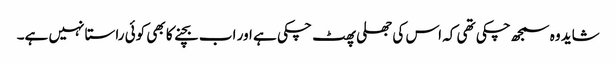
شاید وہ سمجھ چکی تھی کہ اس کی جھلی پھٹ چکی ہے اور اب بچنے کا بھی کوئی راستا نہیں ہے۔